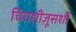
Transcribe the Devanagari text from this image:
चिराशीज़ूसशी